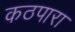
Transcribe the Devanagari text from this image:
कठपारा